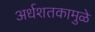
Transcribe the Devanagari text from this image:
अर्धशतकामुळे